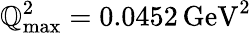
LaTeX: \mathbb{Q}_{\mathrm{{max}}}^{2}=0.0452\, \mathrm{{GeV}}^{2}